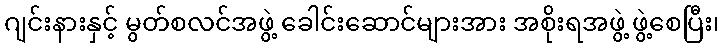
ဂျင်းနားနှင့် မွတ်စလင်အဖွဲ့ ခေါင်းဆောင်များအား အစိုးရအဖွဲ့ ဖွဲ့စေပြီး၊